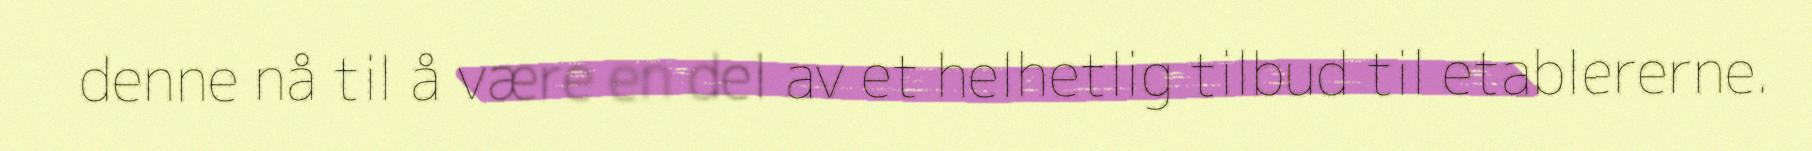
denne nå til å være en del av et helhetlig tilbud til etablererne.